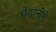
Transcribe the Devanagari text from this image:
मैदानोंमें